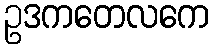
ဥဒကတေလကေ